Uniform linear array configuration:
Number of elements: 8
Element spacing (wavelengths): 0.5
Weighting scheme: cosine
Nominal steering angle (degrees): -15
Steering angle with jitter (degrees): -16.546
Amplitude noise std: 0.05
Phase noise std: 0.05

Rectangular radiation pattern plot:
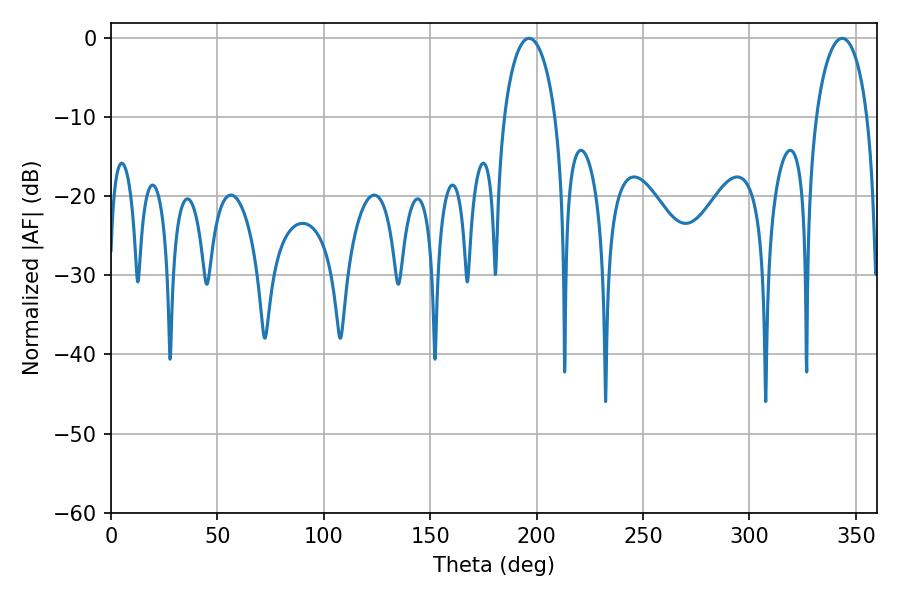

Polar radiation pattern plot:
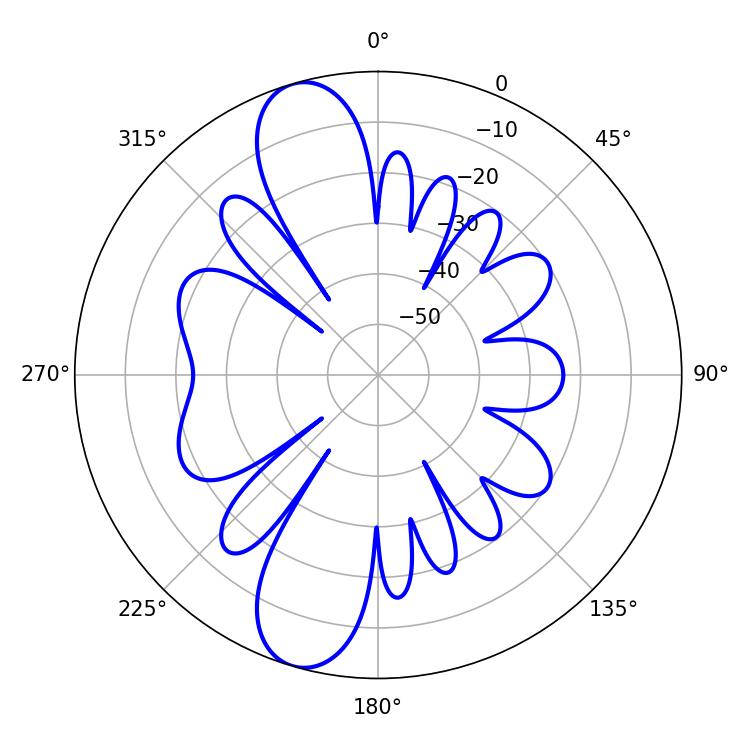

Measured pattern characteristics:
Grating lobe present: FALSE
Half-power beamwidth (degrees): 13.86
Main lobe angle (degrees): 196.38